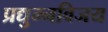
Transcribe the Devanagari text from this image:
प्रद्युम्नविजय